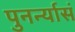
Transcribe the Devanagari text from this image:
पुनर्न्यासं